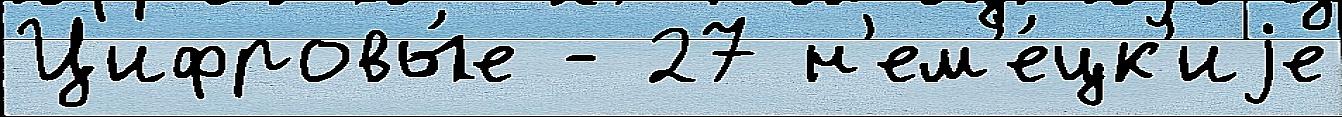
Цифровы́е - 27 н'ем'е́цк'иjе